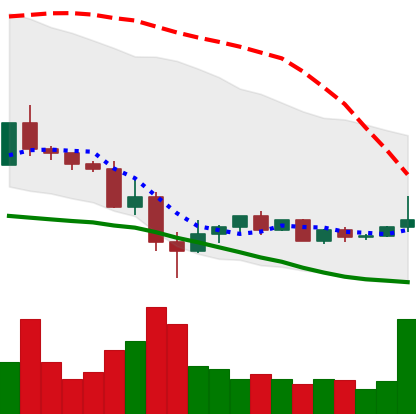
Ticker: ETC-USD
Chart end date: 2022-05-23
Forward return: 4.504%
Label: up_3_5